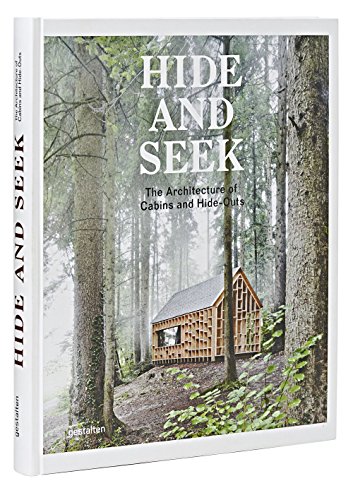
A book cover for Hide and Seek: The Architecture of Cabins and Hideouts; Crafts, Hobbies & Home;